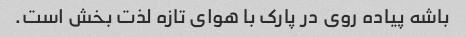
باشه پیاده روی در پارک با هوای تازه لذت بخش است.